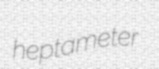
heptameter